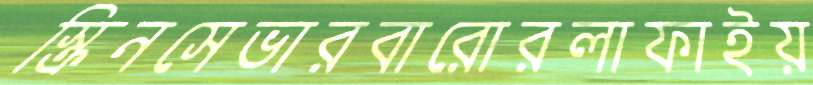
স্ক্রিনসেভারবারোরলাফাইয়